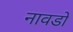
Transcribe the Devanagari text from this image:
नावडो